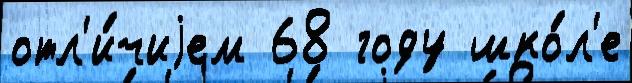
отл'и́чиjем 68 году шко́л'е